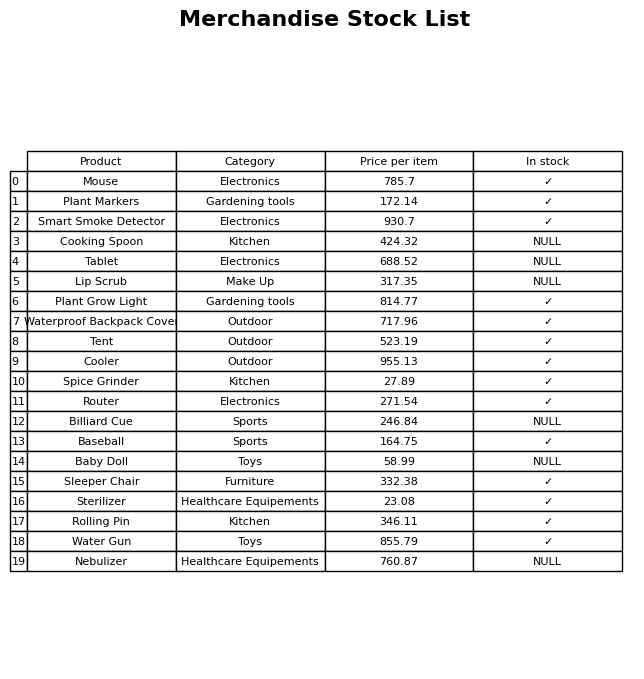
question: What is the price for Tablet?
answer: The price of Tablet is 688.52.